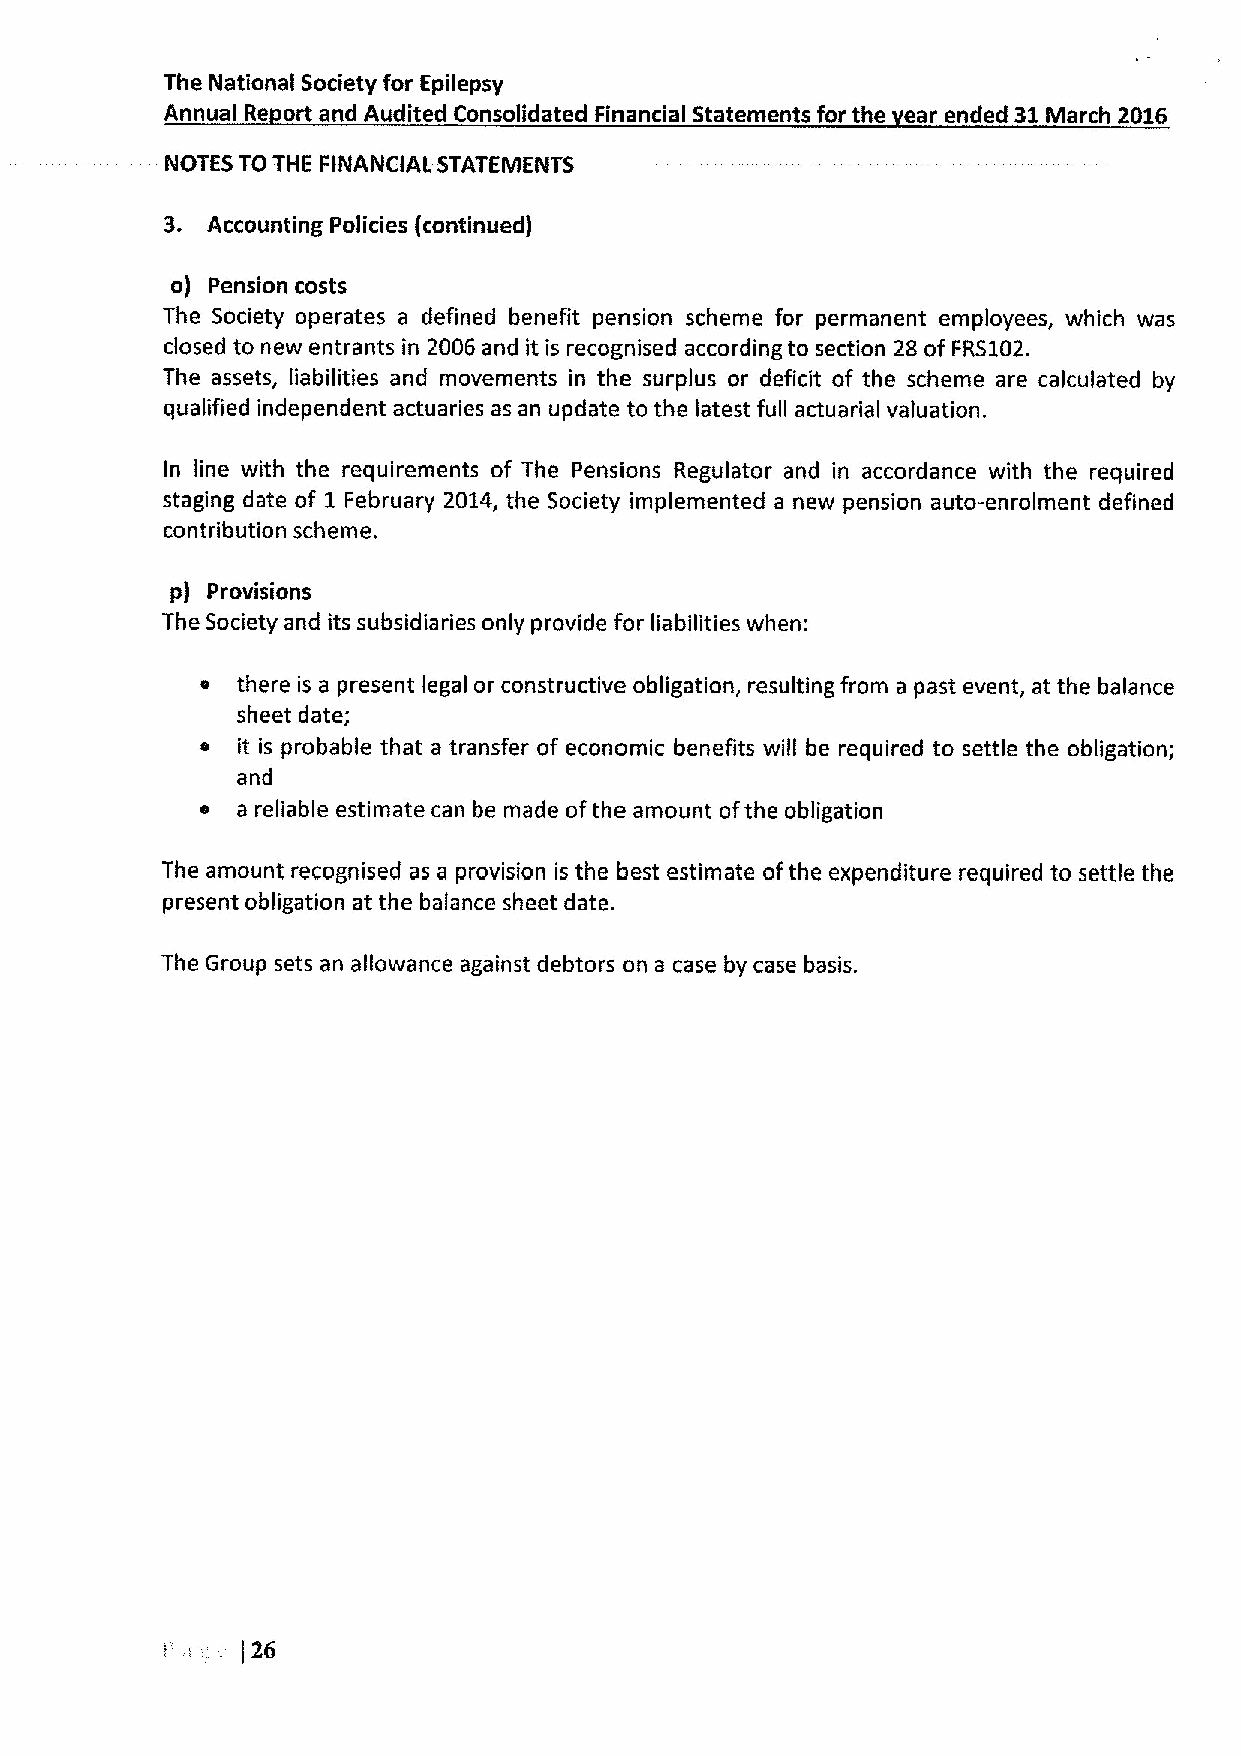
The National Society for Epilepsy
 Annual Re ort and Audited Consolidated Financial Statements for the ear ended 31March 2016
 NOTES TO THE FINANCIAL STATEMENTS
 3.
 Accounting Policies (continued)
 o) Pension costs
 The Society operates a defined benefit pension scheme for permanent employees, which was
 closed to new entrants in 2006 and it is recognised according to section 28 of FRS102.
 The assets, liabilities and movements in the surplus or deficit of the scheme are calculated by
 qualified independent actuaries as an update to the latest full actuarial valuation.
 In line with the requirements of The Pensions Regulator and in accordance with the required
 staging date of 1 February 2014, the Society implemented a new pension auto-enrolment defined
 contribution scheme.
 p) Provisions
 The Society and its subsidiaries only provide for liabilities when:
 s  there is a present legal or constructive obligation, resulting from a past event, at the balance
 sheet date;
 s  it is probable that a transfer of economic benefits will be required to settle the obligation;
 and
 e  a reliable estimate can be made ofthe amount ofthe obligation
 The amount recognised as a provision is the best estimate ofthe expenditure required to settle the
 present obligation at the balance sheet date.
 The Group sets an allowance against debtors on a case by case basis.
 26
 i